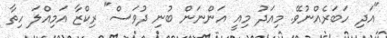
"އަދި ހަބަރެއްނުވޭ. މިއަދު މިއީ އަންނަން ބުނި ދުވަސް" ރިކްޒާ އަމިއްލަ ހިތާ